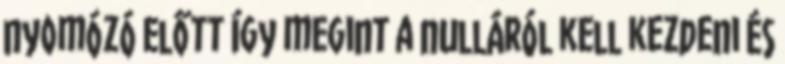
nyomózó előtt így megint a nulláról kell kezdeni és